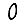
Digit: 0